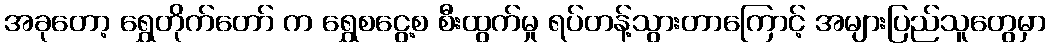
အခုတော့ ရွှေတိုက်တော် က ရွှေစငွေ့စ စီးထွက်မှု ရပ်တန့်သွားတာကြောင့် အများပြည်သူတွေမှာ